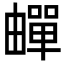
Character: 𬏕